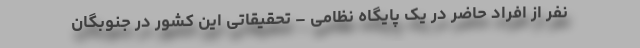
نفر از افراد حاضر در یک پایگاه نظامی – تحقیقاتی این کشور در جنوبگان